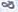
&